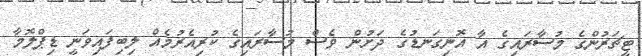
ޓީޗަރުންގެ މުސާރައިގެ އާ އޮނިގަނޑުގެ ދަށުން ވެސް މުސާރައިގެ ކުރިއެރުމެއް ލިބިފައިވަނީ ޑިޕްލޮމާ